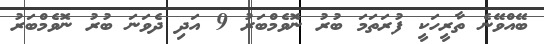
ބޭއްވޭނެ ތާރީހަކީ ފުރަތަމަ ބުރު ނޮވެމްބަރު 9 އަދި ދެވަނަ ބުރު ނޮވެމްބަރު